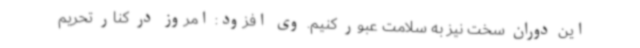
این دوران سخت نیز به سلامت عبور کنیم. وی افزود: امروز در کنار تحریم